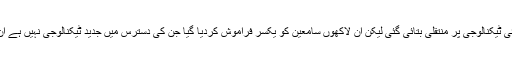
حال ہی میں بی بی سی کی نشریات بند کرنے کا جواز بھی نئی ٹیکنالوجی پر منتقلی بتائی گئی لیکن ان لاکھوں سامعین کو یکسر فراموش کردیا گیا جن کی دسترس میں جدید ٹیکنالوجی نہیں ہے ان کے پاس دنیا سے باخبر رہنے کا واحد ذریعہ ریڈیو ہی ہے۔